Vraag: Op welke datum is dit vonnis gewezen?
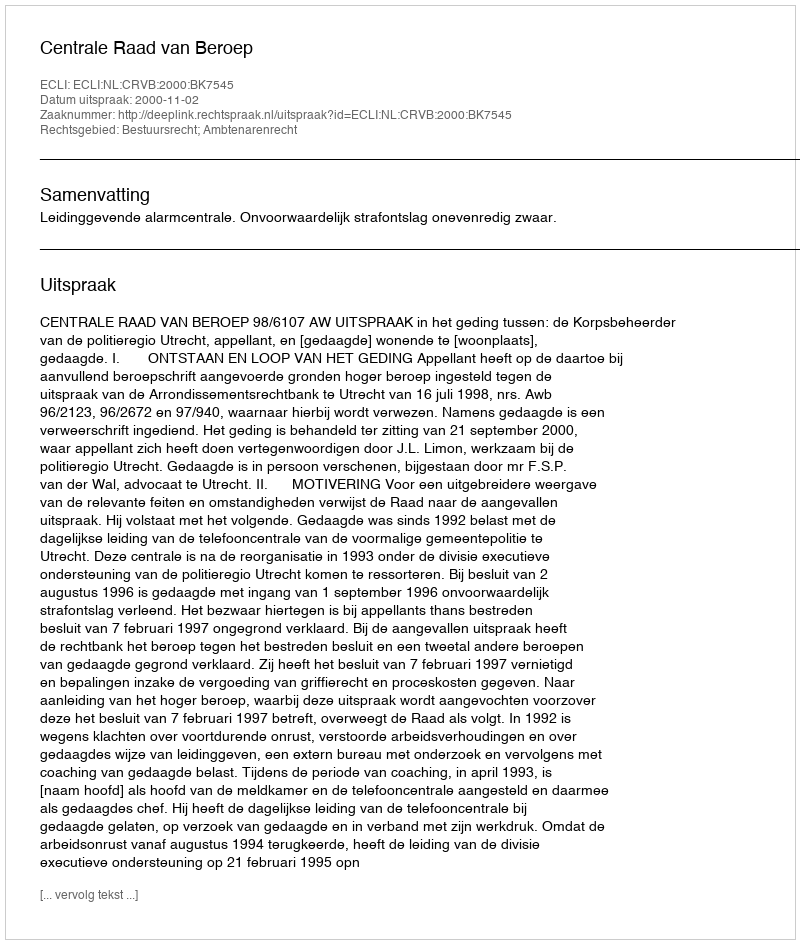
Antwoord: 2000-11-02